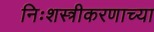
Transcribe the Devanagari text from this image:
निःशस्त्रीकरणाच्या